Problem: 48 + 34 = ?
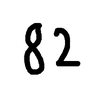
Handwritten answer: 82